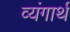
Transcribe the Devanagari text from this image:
व्यंगार्थ